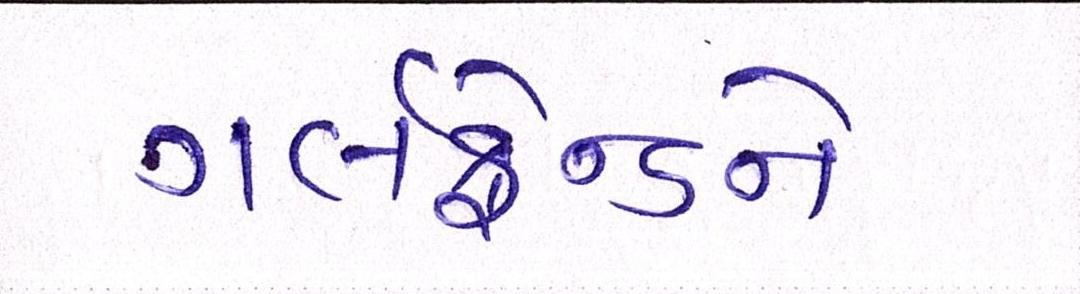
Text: ગર્લફ્રેન્ડને